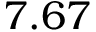
7 . 6 7